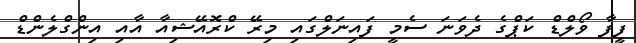
ފީފާ ވޯލްޑް ކަޕްގެ ދެވަނަ ސެމީ ފައިނަލްގައި މިރޭ ކްރޮއޭޝިއާ އާއި އިންގްލެންޑް